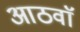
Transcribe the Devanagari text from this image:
आठवाॅ